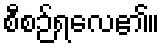
စီစဉ်ရလေ၏။